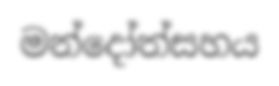
මන්දෝත්සහය